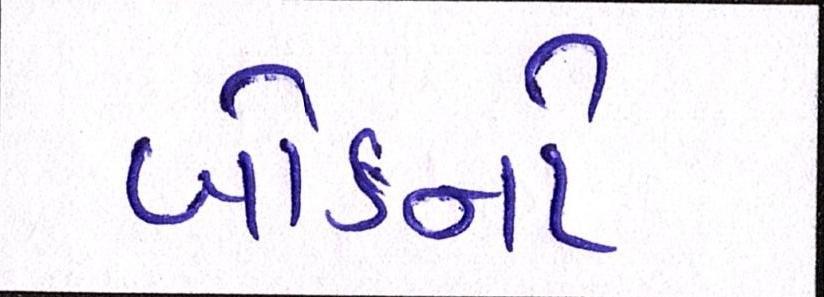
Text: બોર્ડનો